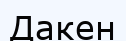
Дакен